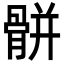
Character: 骿